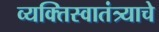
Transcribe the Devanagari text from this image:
व्यक्तिस्वातंत्र्याचे